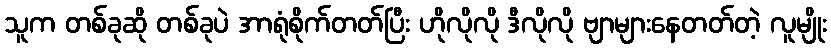
သူက တစ်ခုဆို တစ်ခုပဲ အာရုံစိုက်တတ်ပြီး ဟိုလိုလို ဒီလိုလို ဗျာများနေတတ်တဲ့ လူမျိုး